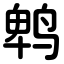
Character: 鹎